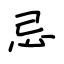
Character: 忌